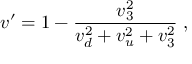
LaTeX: v ^ { \prime } = 1 - \frac { v _ { 3 } ^ { 2 } } { v _ { d } ^ { 2 } + v _ { u } ^ { 2 } + v _ { 3 } ^ { 2 } } \; ,